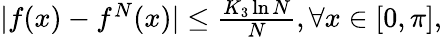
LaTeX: \begin{array}{r}{|f(x)-f^{N}(x)|\leq\frac{K_{3}\ln N}{N},\forall x\in[0,\pi],}\end{array}